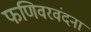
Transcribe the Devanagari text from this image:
फणिवरवंदना